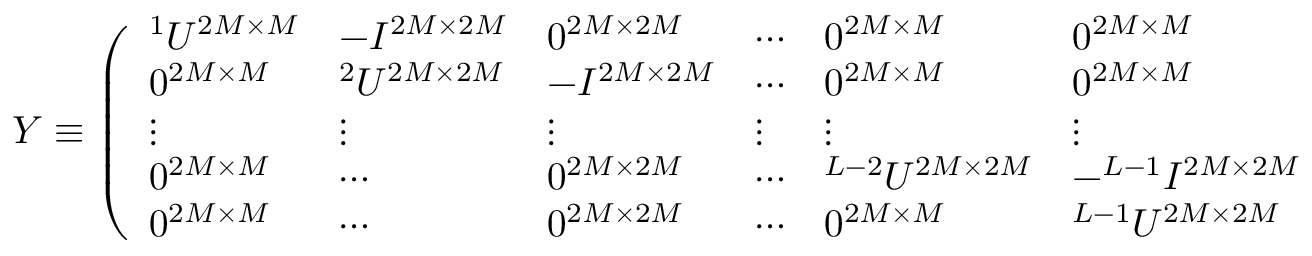
\begin{array} { r } { { \cal Y } \equiv \left( \begin{array} { l l l l l l l } { ^ 1 { \cal U } ^ { 2 M \times M } } & { - { \cal I } ^ { 2 M \times 2 M } } & { 0 ^ { 2 M \times 2 M } } & { \cdots } & { 0 ^ { 2 M \times M } } & { 0 ^ { 2 M \times M } } & { 0 ^ { 2 M \times M } } \\ { 0 ^ { 2 M \times M } } & { ^ 2 { \cal U } ^ { 2 M \times 2 M } } & { - { \cal I } ^ { 2 M \times 2 M } } & { \cdots } & { 0 ^ { 2 M \times M } } & { 0 ^ { 2 M \times M } } & { 0 ^ { 2 M \times M } } \\ { \vdots } & { \vdots } & { \vdots } & { \vdots } & { \vdots } & { \vdots } & { \vdots } \\ { 0 ^ { 2 M \times M } } & { \cdots } & { 0 ^ { 2 M \times 2 M } } & { \cdots } & { ^ { L - 2 } { \cal U } ^ { 2 M \times 2 M } } & { - ^ { L - 1 } { \cal I } ^ { 2 M \times 2 M } } & { 0 ^ { 2 M \times M } } \\ { 0 ^ { 2 M \times M } } & { \cdots } & { 0 ^ { 2 M \times 2 M } } & { \cdots } & { 0 ^ { 2 M \times M } } & { ^ { L - 1 } { \cal U } ^ { 2 M \times 2 M } } & { - ^ { L } { \cal U } _ { i n w a r d } ^ { 2 M \times M } } \end{array} \right) ^ { 2 M ( L - 1 ) \times 2 M ( L - 1 ) } } \end{array}